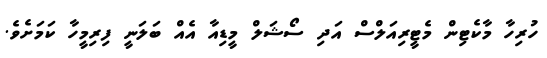
ހުރިހާ މާކެޓިން މެޓީރިއަލްސް އަދި ސޯޝަލް މީޑިއާ އެއް ބަލަނީ ފިރިމީހާ ކަމަށެވެ.